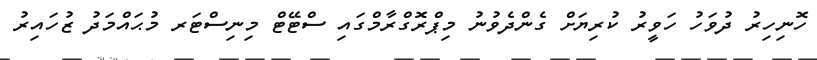
ހޮނިހިރު ދުވަހު ހަވީރު ކުރިޔަށް ގެންދެވުނު މިޕްރޮގްރާމްގައި ސްޓޭޓް މިނިސްޓަރ މުޙައްމަދު ޒުހައިރު